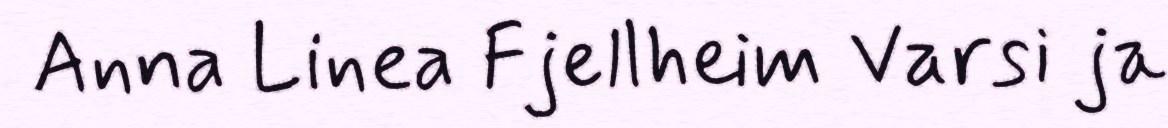
Anna Linea Fjellheim Varsi ja